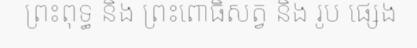
ព្រះពុទ្ធ និង ព្រះពោធិសត្វ និង រូប ផ្សេង